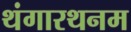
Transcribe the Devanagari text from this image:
थंगारथनम